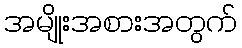
အမျိုးအစားအတွက်